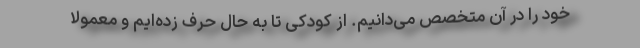
خود را در آن متخصص می‌دانیم. از کودکی تا به حال حرف زده‌ایم و معمولاً